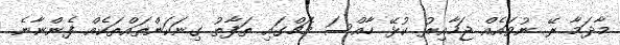
މާދަމާ ރޭ ނުވައެއް ޖަހާއިރު ކުޅޭ ހާއްސަ މެޗްގައި ތަފާތު ގިނަކަންތައްތަކެއް ފެންނާނެ